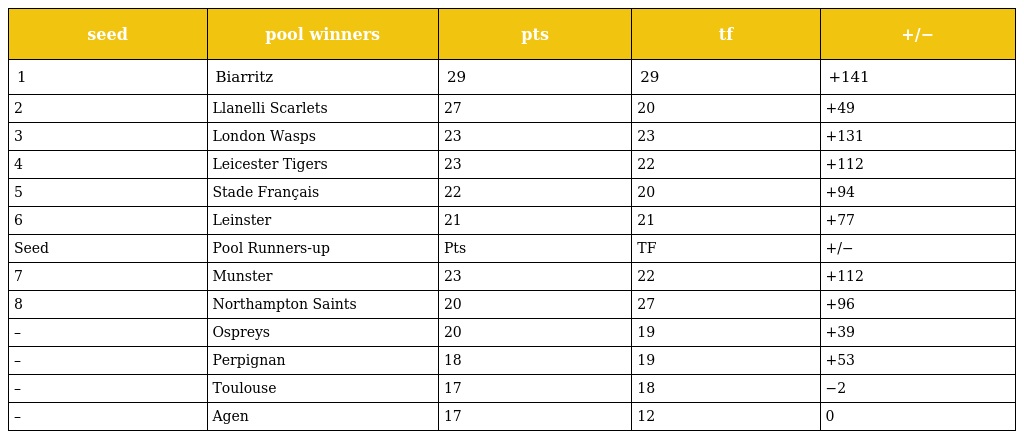
| seed | pool winners | pts | tf | +/− |
 | --- | --- | --- | --- | --- |
 | 1 | Biarritz | 29 | 29 | +141 |
 | 2 | Llanelli Scarlets | 27 | 20 | +49 |
 | 3 | London Wasps | 23 | 23 | +131 |
 | 4 | Leicester Tigers | 23 | 22 | +112 |
 | 5 | Stade Français | 22 | 20 | +94 |
 | 6 | Leinster | 21 | 21 | +77 |
 | Seed | Pool Runners-up | Pts | TF | +/− |
 | 7 | Munster | 23 | 22 | +112 |
 | 8 | Northampton Saints | 20 | 27 | +96 |
 | – | Ospreys | 20 | 19 | +39 |
 | – | Perpignan | 18 | 19 | +53 |
 | – | Toulouse | 17 | 18 | −2 |
 | – | Agen | 17 | 12 | 0 |